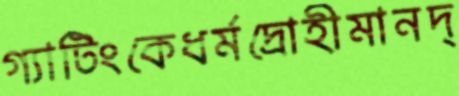
গ্যাটিংকেধর্মদ্রোহীমানদ্